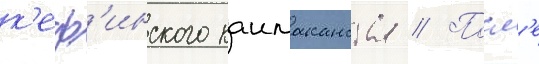
к'еф'инского каимаканства // Посл'е